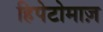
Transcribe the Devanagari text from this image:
हिपेटोमाज़